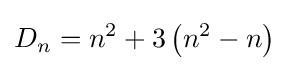
D_{n}=n^{2}+3\left(n^{2}-n\right)